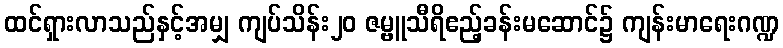
ထင်ရှားလာသည်နှင့်အမျှ ကျပ်သိန်း၂၀ ဇမ္ဗူသီရိဧည့်ခန်းမဆောင်၌ ကျန်းမာရေးဂဏ္ဍ